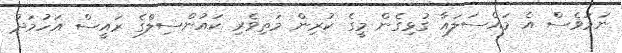
ނަމަވެސް އެ މައްސަލައާ ގުޅިގެން މީގެ ކުރިން މަތިވެރި ކައުންސިލްގެ ރަައީސް އަހުމަދު